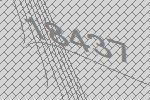
18437